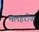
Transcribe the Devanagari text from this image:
मलहरीया